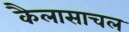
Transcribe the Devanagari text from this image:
कैलासाचल